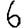
Digit: 6